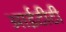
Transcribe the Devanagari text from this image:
आईटीटी